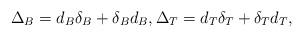
LaTeX: \begin{align*}\Delta_B=d_B\delta_B+\delta_B d_B, \Delta_T =d_T\delta_T +\delta_T d_T,\end{align*}